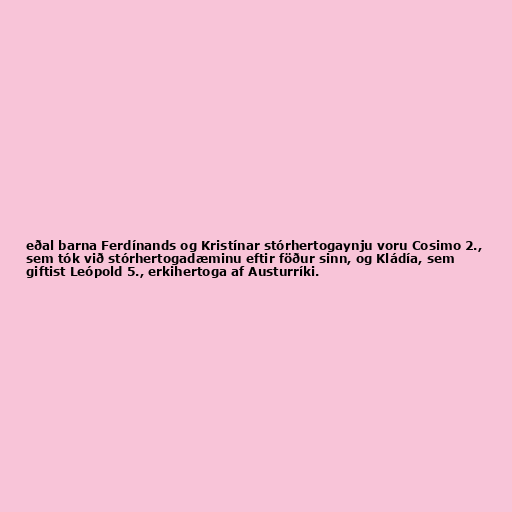
eðal barna Ferdínands og Kristínar stórhertogaynju voru Cosimo 2.,
sem tók við stórhertogadæminu eftir föður sinn, og Kládía, sem
giftist Leópold 5., erkihertoga af Austurríki.